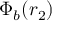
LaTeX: \Phi _ { b } ( r _ { 2 } )